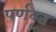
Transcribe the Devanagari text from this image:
पर्णवृत